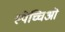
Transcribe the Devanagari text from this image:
स्पेच्चिओ